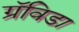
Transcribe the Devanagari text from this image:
ग्रॅविडा